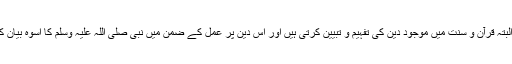
احادیث، البتہ قرآن و سنت میں موجود دین کی تفہیم و تبیین کرتی ہیں اور اس دین پر عمل کے ضمن میں نبی صلی اللہ علیہ وسلم کا اسوہ بیان کرتی ہیں۔